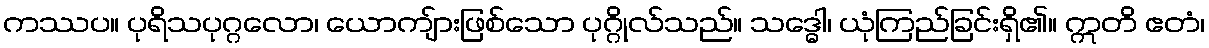
ကဿပ။ ပုရိသပုဂ္ဂလော၊ ယောကျ်ားဖြစ်သော ပုဂ္ဂိုလ်သည်။ သဒ္ဓေါ၊ ယုံကြည်ခြင်းရှိ၏။ ဣတိ ဧတံ၊